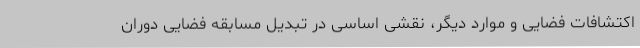
اکتشافات فضایی و موارد دیگر، نقشی اساسی در تبدیل مسابقه فضایی دوران